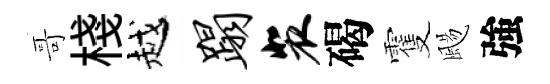
哥棧越蹋裴碣䨥颺強